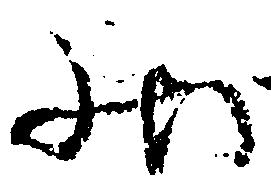
状